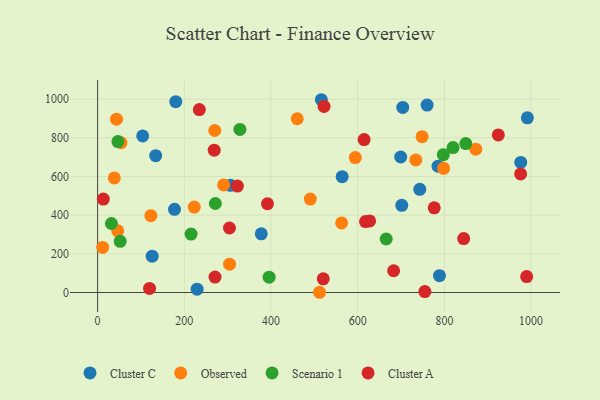
{"axis": {"x": "Distance", "y": "Salary"}, "legend": ["Cluster A", "Cluster C", "Observed", "Scenario 1"], "data": [{"x": "991.4", "y": 903.4, "type": "Cluster C"}, {"x": "125.9", "y": 187.7, "type": "Cluster C"}, {"x": "976.1", "y": 672.6, "type": "Cluster C"}, {"x": "701.7", "y": 451.1, "type": "Cluster C"}, {"x": "134.0", "y": 707.9, "type": "Cluster C"}, {"x": "516.2", "y": 997.0, "type": "Cluster C"}, {"x": "743.2", "y": 533.6, "type": "Cluster C"}, {"x": "699.2", "y": 700.8, "type": "Cluster C"}, {"x": "104.0", "y": 809.6, "type": "Cluster C"}, {"x": "177.4", "y": 430.3, "type": "Cluster C"}, {"x": "785.3", "y": 653.6, "type": "Cluster C"}, {"x": "760.1", "y": 969.2, "type": "Cluster C"}, {"x": "564.1", "y": 599.1, "type": "Cluster C"}, {"x": "180.3", "y": 986.7, "type": "Cluster C"}, {"x": "229.5", "y": 17.1, "type": "Cluster C"}, {"x": "788.6", "y": 87.3, "type": "Cluster C"}, {"x": "377.6", "y": 303.7, "type": "Cluster C"}, {"x": "703.9", "y": 957.0, "type": "Cluster C"}, {"x": "306.5", "y": 554.3, "type": "Cluster C"}, {"x": "54.0", "y": 774.4, "type": "Observed"}, {"x": "734.1", "y": 685.7, "type": "Observed"}, {"x": "11.6", "y": 233.4, "type": "Observed"}, {"x": "290.7", "y": 556.4, "type": "Observed"}, {"x": "562.9", "y": 359.6, "type": "Observed"}, {"x": "798.2", "y": 642.4, "type": "Observed"}, {"x": "511.9", "y": 1.2, "type": "Observed"}, {"x": "122.8", "y": 397.2, "type": "Observed"}, {"x": "594.4", "y": 697.7, "type": "Observed"}, {"x": "46.4", "y": 319.2, "type": "Observed"}, {"x": "748.6", "y": 805.9, "type": "Observed"}, {"x": "38.6", "y": 592.8, "type": "Observed"}, {"x": "490.7", "y": 483.0, "type": "Observed"}, {"x": "223.0", "y": 441.9, "type": "Observed"}, {"x": "460.5", "y": 898.6, "type": "Observed"}, {"x": "43.6", "y": 896.5, "type": "Observed"}, {"x": "304.4", "y": 146.6, "type": "Observed"}, {"x": "270.3", "y": 837.9, "type": "Observed"}, {"x": "872.4", "y": 741.1, "type": "Observed"}, {"x": "665.7", "y": 276.7, "type": "Scenario 1"}, {"x": "271.6", "y": 460.3, "type": "Scenario 1"}, {"x": "797.5", "y": 713.0, "type": "Scenario 1"}, {"x": "819.9", "y": 749.3, "type": "Scenario 1"}, {"x": "46.9", "y": 780.8, "type": "Scenario 1"}, {"x": "215.6", "y": 302.0, "type": "Scenario 1"}, {"x": "849.3", "y": 770.2, "type": "Scenario 1"}, {"x": "395.7", "y": 79.1, "type": "Scenario 1"}, {"x": "52.1", "y": 264.6, "type": "Scenario 1"}, {"x": "328.3", "y": 843.4, "type": "Scenario 1"}, {"x": "31.9", "y": 356.8, "type": "Scenario 1"}, {"x": "270.9", "y": 79.9, "type": "Cluster A"}, {"x": "391.9", "y": 458.9, "type": "Cluster A"}, {"x": "234.7", "y": 946.1, "type": "Cluster A"}, {"x": "682.9", "y": 112.4, "type": "Cluster A"}, {"x": "269.0", "y": 736.2, "type": "Cluster A"}, {"x": "924.4", "y": 814.9, "type": "Cluster A"}, {"x": "618.0", "y": 366.9, "type": "Cluster A"}, {"x": "754.9", "y": 4.6, "type": "Cluster A"}, {"x": "975.8", "y": 613.5, "type": "Cluster A"}, {"x": "119.8", "y": 21.1, "type": "Cluster A"}, {"x": "13.2", "y": 483.1, "type": "Cluster A"}, {"x": "989.8", "y": 82.3, "type": "Cluster A"}, {"x": "522.4", "y": 962.4, "type": "Cluster A"}, {"x": "304.2", "y": 333.7, "type": "Cluster A"}, {"x": "776.5", "y": 438.0, "type": "Cluster A"}, {"x": "520.5", "y": 70.7, "type": "Cluster A"}, {"x": "614.8", "y": 791.1, "type": "Cluster A"}, {"x": "844.5", "y": 279.0, "type": "Cluster A"}, {"x": "627.5", "y": 370.0, "type": "Cluster A"}, {"x": "322.4", "y": 550.4, "type": "Cluster A"}]}